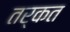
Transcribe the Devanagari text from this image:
तर्कत